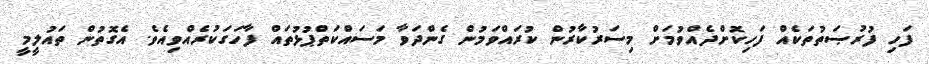
ފަހި ފުރުޞަތުތަކެއް ފަހިކޮށްދެއްވުމަށް މިސަރުކާރުން ކުރައްވަމުން ގެންދަވާ މަސައްކަތްޕުޅުތައް ފާހަގަކުރެއްވިއެވެ. އެގޮތުން ތައުލީމީ